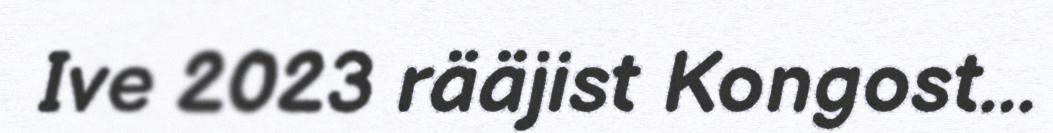
Ive 2023 rääjist Kongost...